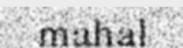
mahal